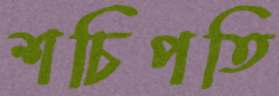
শচিপতি